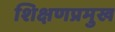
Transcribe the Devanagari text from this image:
शिक्षणप्रमुख